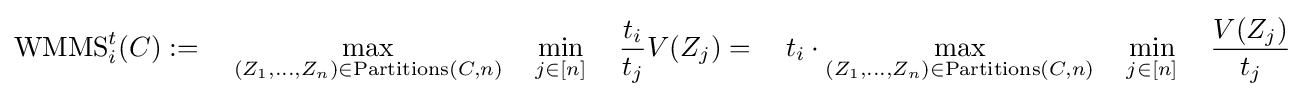
\operatorname {WMMS} _{i}^{t}(C):=~~~\max _{(Z_{1},\ldots ,Z_{n})\in \operatorname {Partitions} (C,n)}~~~\min _{j\in [n]}~~~{\frac {t_{i}}{t_{j}}}V(Z_{j})=~~~t_{i}\cdot \max _{(Z_{1},\ldots ,Z_{n})\in \operatorname {Partitions} (C,n)}~~~\min _{j\in [n]}~~~{\frac {V(Z_{j})}{t_{j}}}